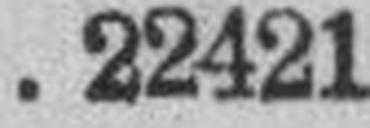
22421